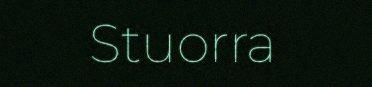
Stuorra